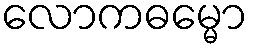
လောကဓမ္မော